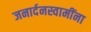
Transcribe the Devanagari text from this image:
जनार्दनस्वामींना